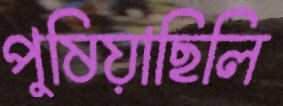
পুষিয়াছিলি